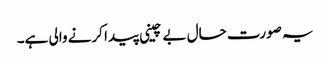
یہ صورت حال بے چینی پیدا کرنے والی ہے۔